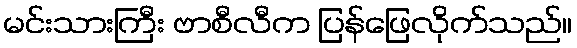
မင်းသားကြီး ဗာစီလီက ပြန်ဖြေလိုက်သည်။